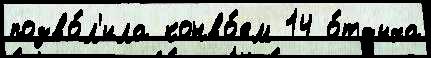
позво́л'ила конво́ем 14 о́тдыха